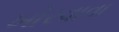
ખોરવાવા